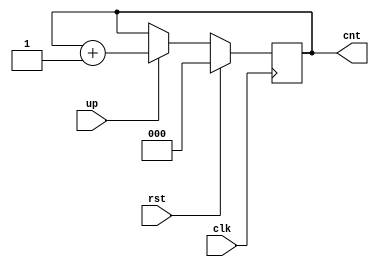
module up_count(
input clk,rst,
input up,
  output reg[2:0] cnt);
  always@(posedge clk) begin
    if(rst) begin
      cnt= 3'b0;
    end
    else begin
      if(up) cnt<= cnt+1'b1;
       
    end
  end
endmodule